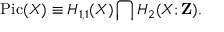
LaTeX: \mathrm { P i c } ( X ) \equiv H _ { 1 , 1 } ( X ) \bigcap H _ { 2 } ( X ; { \bf Z } ) .